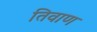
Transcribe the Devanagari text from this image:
तिवाण